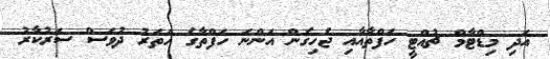
އަދި މިޑްޓާމް ޗުއްޓީ ހަފްތާއާއި ޖެހިގެން އަންނަ ހަފްތާގެ ހަތަރު ދުވަސް ސަރުކާރު